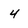
Character: 4